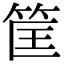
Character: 筐